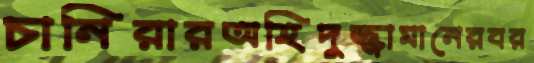
চানিরারঅহিদুজ্জামানেরবর